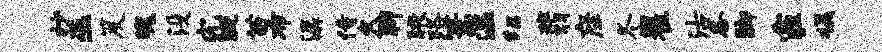
抄巫笈魄没究溉苗布潺侍久聊腋路篙温绍翡座冬瞿沽各脚霾摄